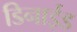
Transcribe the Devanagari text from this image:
डिनाईड